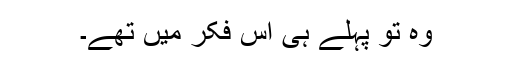
وہ تو پہلے ہی اس فکر میں تھے۔